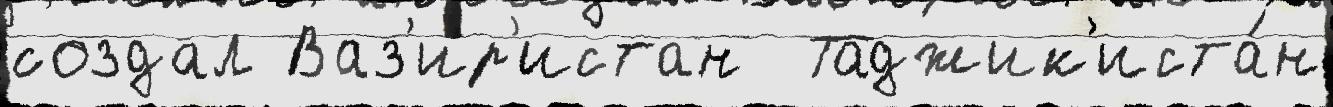
создал Ваз'ир'истан  Таджик'иста́н